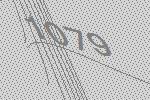
1079